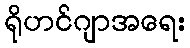
ရိုဟင်ဂျာအရေး